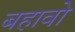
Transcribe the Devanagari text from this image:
बहावो